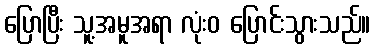
ပြောပြီး သူ့အမူအရာ လုံးဝ ပြောင်းသွားသည်။